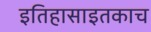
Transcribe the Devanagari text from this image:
इतिहासाइतकाच